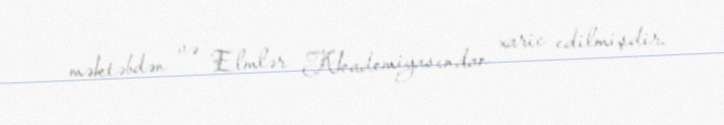
məktəbdən və Elmlər Akademiyasından xaric edilmişdir.